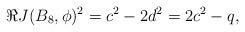
LaTeX: \begin{align*}\Re J(B_8, \phi)^2 = c^2 -2d^2 = 2c^2 -q,\end{align*}